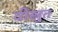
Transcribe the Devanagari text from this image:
वीस्त्रुत